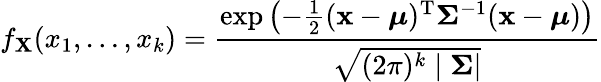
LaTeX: f_{\mathbf{X}}(x_{1},\ldots,x_{k})={\frac{\exp\left(-{\frac{1}{2}}({\mathbf{x}}-{\boldsymbol{\mu}})^{\mathrm{T}}{\boldsymbol{\Sigma}}^{-1}({\mathbf{x}}-{\boldsymbol{\mu}})\right)}{\sqrt{(2\pi)^{k}\mid{\boldsymbol{\Sigma}}|}}}